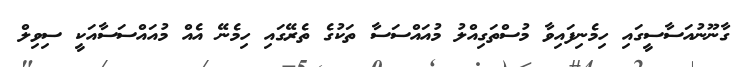
ގާނޫނުއަސާސީގައި ހިމެނިފައިވާ މުސްތަގިއްލު މުއައްސަސާ ތަކުގެ ތެރޭގައި ހިމެނޭ އެއް މުއައްސަސާއަކީ ސިވިލް